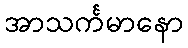
အာသင်္ကမာနော